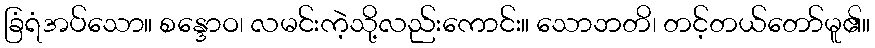
ခြံရံအပ်သော။ စန္ဒောဝ၊ လမင်းကဲ့သို့လည်းကောင်း။ သောဘတိ၊ တင့်တယ်တော်မူ၏။